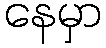
နေမှာ